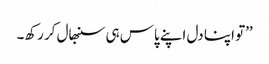
’’تو اپنا دل اپنے پاس ہی سنبھال کر رکھ۔